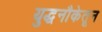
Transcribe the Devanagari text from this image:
युद्धनौकेतून